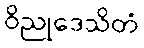
ဝိညုဒေသိတံ